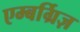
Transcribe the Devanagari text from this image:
एम्बर्ग्रिज़